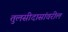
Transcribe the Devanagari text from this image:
तुलसीदासांवरील